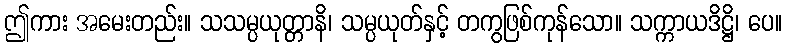
ဤကား အမေးတည်း။ သသမ္ပယုတ္တာနိ၊ သမ္ပယုတ်နှင့် တကွဖြစ်ကုန်သော။ သက္ကာယဒိဋ္ဌိ၊ ပေ။